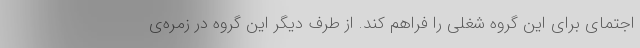
اجتمای برای این گروه شغلی را فراهم کند. از طرف دیگر این گروه در زمره‌ی